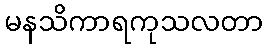
မနသိကာရကုသလတာ